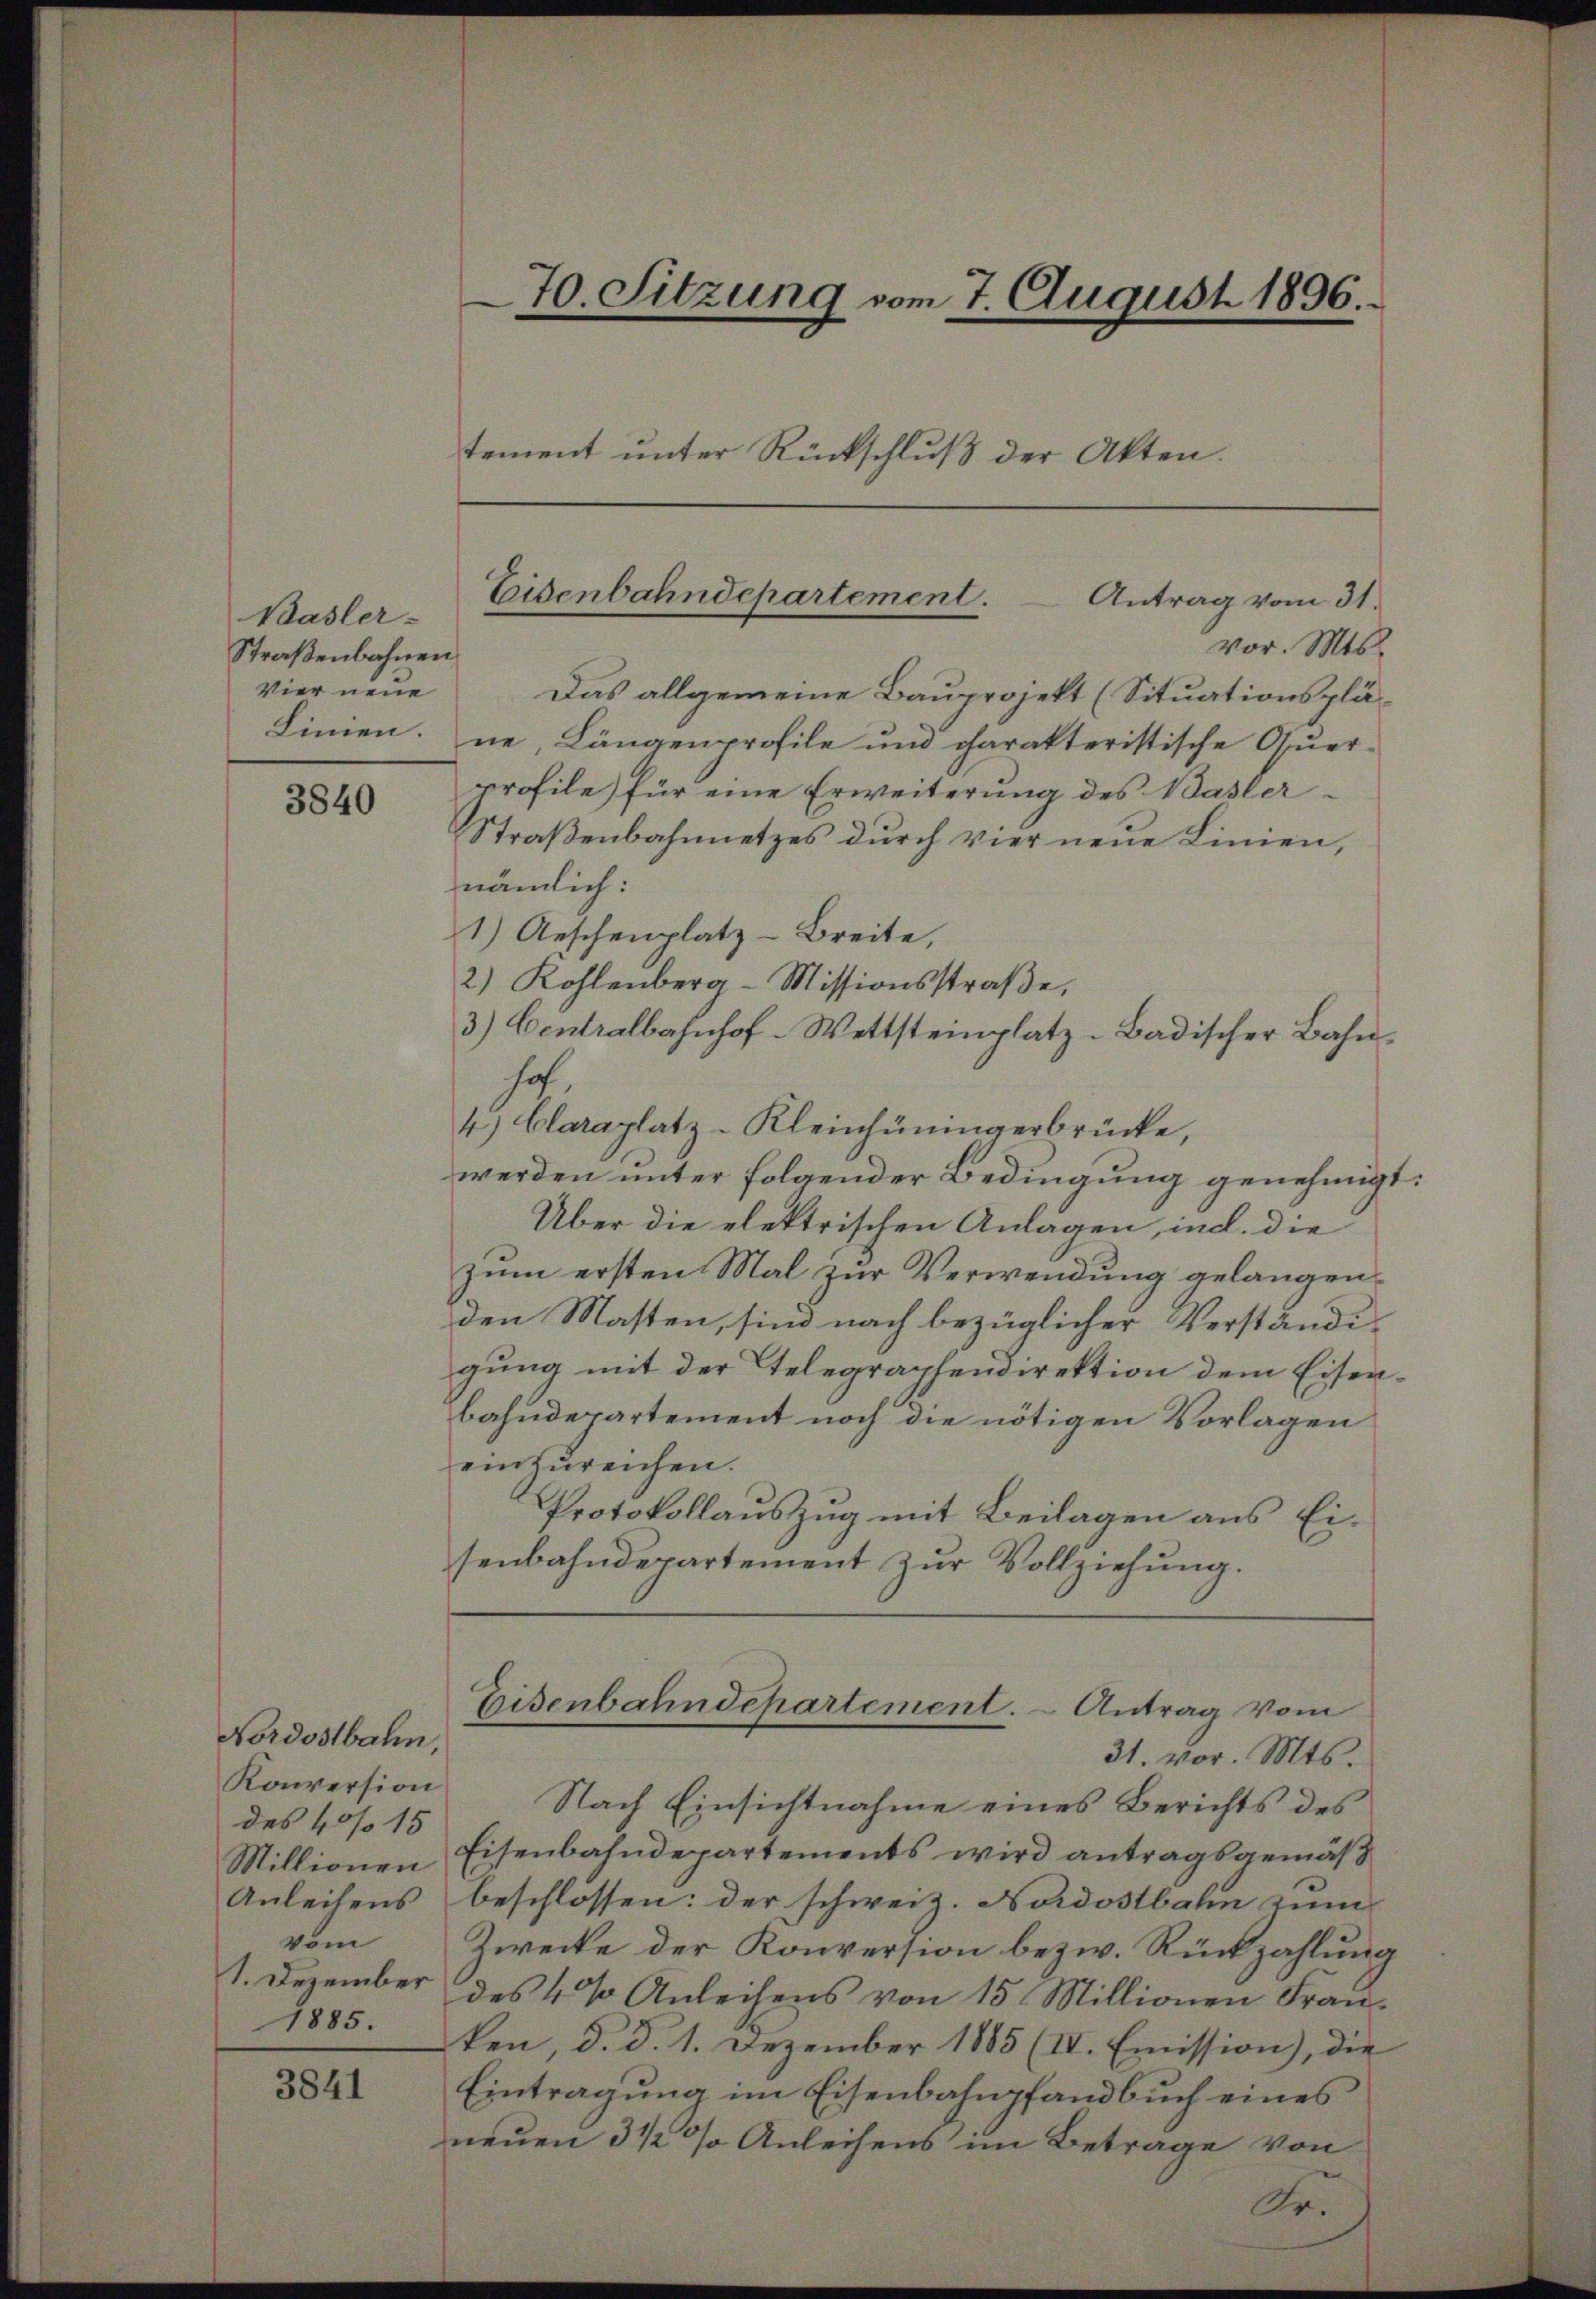
Basler-
Straßenbahnen
Vier neue

3840

Nordostbahn,
Konversion
des 40 f 15
Anleihens
vom
1885.

3841

70. Sitzung vom 7. August 1896.
tement unter Rückschlŭβ der Akten.

Eisenbahndepartement.  Antrag vom 31.

vor. Mts.
Das allgemeine Bauprojekt (Situationsplä-
Linien. ne, Längenprofile und charakteristische Quer-
profile für eine Erweiterŭng des Basler-
Straßenbahnnetzes durch vier neue Linien,
nämlich:
1) Geschenplatz-Breite,
2) Kohlenberg-Missionsstraβe,
3) Centralbahnhof-Wettsteinplatz-Badischer Bahnhof,
4.) Claraplatz-Kleinhüningerbrücke,
werden unter folgender Bedingung genehmigt:
Über die elektrischen Anlagen, in d. die
zum ersten Mal zur Verwendung gelangen.
den Masten, sind nach bezüglicher Verständigung mit der Telegraphendirektion dem Eisenbahndepartement noch die nötigen Vorlagen
einzureichen.
Protokollauszug mit Beilagen aus Ei-
senbahndepartement zŭr Vollziehung.

Eisenbahndepartement.  Antrag vom

31. vor. Mts.
Nach Einsichtnahme eines Berichts des
Millionen Eisenbahndepartements wird antragsgemäß
beschlossen: der schweiz. Nordostbahn zum
Zwecke der Konversion bezw. Rückzahlung
1. Dezember des 4 % Anleihens von 15 Millionen Frauken, d. d. 1. Dezember 1885 (IV. Emission), die
Eintragung im Eisenbahnpfandbuch eines
neuen 3 1/2 % Anleihens im Betrage von
Or.